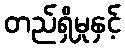
တည်ရှိမှုနှင့်